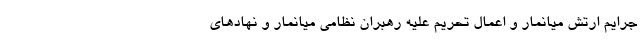
جرایم ارتش میانمار و اعمال تحریم علیه رهبران نظامی میانمار و نهادهای